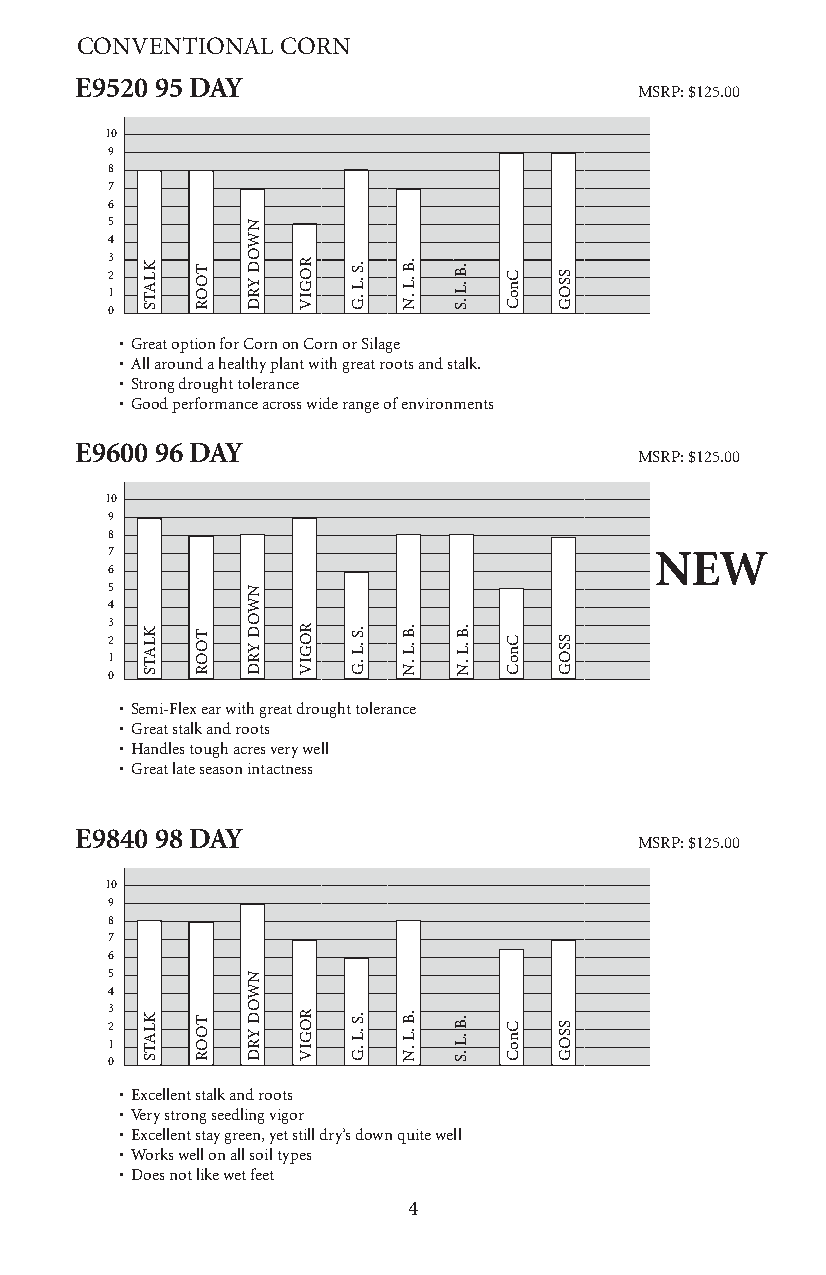
CONVENTIONAL  CORN
 E9520 95 DAY
 MSRP: $125.00
 10
 9
 8
 7
 6
 5
 4
 3 2
 1
 0
 • Great option for Corn on Corn or Silage
 • All around a healthy plant with great roots and stalk.
 • Strong drought tolerance
 • Good performance across wide range of environments
 E9600 96 DAY
 MSRP: $125.00
 10
 9
 8
 7                                   NEW
 6
 5
 4
 3 2
 1
 0
 • Semi-Flex ear with great drought tolerance
 • Great stalk and roots
 • Handles tough acres very well
 • Great late season intactness
 E9840 98 DAY
 MSRP: $125.00
 10
 9
 8
 7
 6
 5
 4
 3 2
 1
 0
 • Excellent stalk and roots
 • Very strong seedling vigor
 • Excellent stay green, yet still dry’s down quite well
 • Works well on all soil types
 • Does not like wet feet
 4
 KLATS
 KLATS
 KLATS
 TOOR
 TOOR
 TOOR
 NWOD
 YRD
 NWOD
 YRD
 NWOD
 YRD
 ROGIV
 ROGIV
 ROGIV
 .S .L
 .G
 .S .L
 .G
 .S .L
 .G
 .B .L
 .N
 .B .L
 .N
 .B .L
 .N
 .B .L
 .S
 .B.B . L.L
 . N.S
 .B .L
 .S
 CnoC
 CnoC
 CnoC
 SSOG
 SSOG
 SSOG